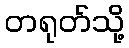
တရုတ်သို့